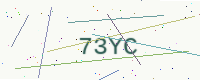
Text: 73YC